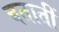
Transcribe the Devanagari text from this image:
बतातीं